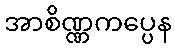
အာစိဏ္ဏကပ္ပေန